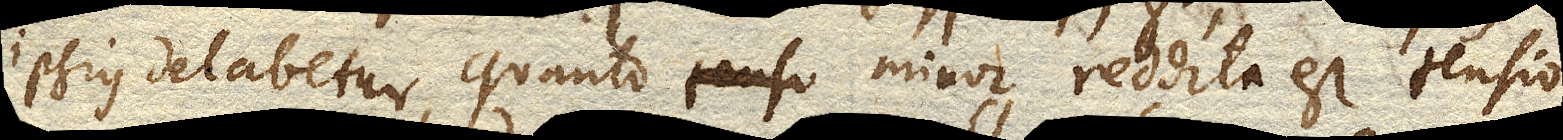
ipsius delabetur, quanto minor reddita est tensio,